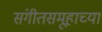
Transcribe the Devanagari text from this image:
संगीतसमूहाच्या